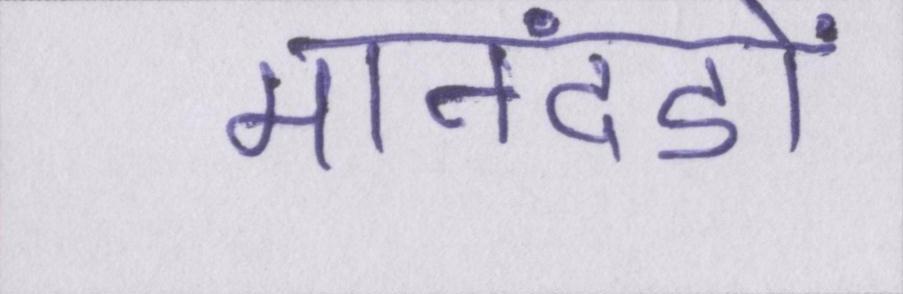
मानदंडों